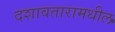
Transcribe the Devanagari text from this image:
दशावतारामधील